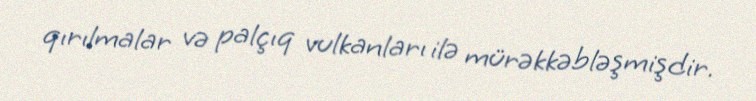
qırılmalar və palçıq vulkanları ilə mürəkkəbləşmişdir.